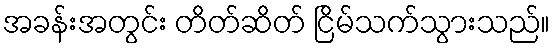
အခန်းအတွင်း တိတ်ဆိတ် ငြိမ်သက်သွားသည်။